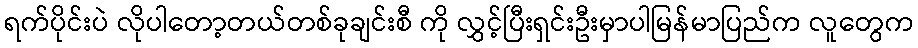
ရက်ပိုင်းပဲ လိုပါတော့တယ်တစ်ခုချင်းစီ ကို လွှင့်ပြီးရှင်းဦးမှာပါမြန်မာပြည်က လူတွေက